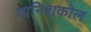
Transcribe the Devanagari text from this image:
दानिशकोल